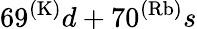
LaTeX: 69^{(\mathrm{K)}}d+70^{(\mathrm{Rb)}}s